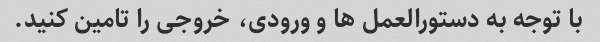
با توجه به دستورالعمل ها و ورودی، خروجی را تامین کنید.